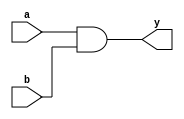
module _and2(a, b, y);		// 2 to 1 and gate
	input a, b;
	output y;
	
	assign y = a & b;
	
endmodule

module _nand2(a, b, y);		// 2 to 1 nand gate
	input a, b;
	output y;
	
	assign y = ~(a & b);
	
endmodule

module _or2(a, b, y);		// 2 to 1 or gate
	input a, b;
	output y;
	
	assign y = a | b;
	
endmodule

module _inv(a, y);		// inverter
	input a;
	output y;
	
	assign y = ~a;
	
endmodule

module _xor2(a, b, y);		// 2 to 1 exclusive or gate
	input a, b;
	output y;
	wire inv_a, inv_b;
	wire w0, w1;
	
	// inverting a and b
	_inv inv0(.a(a), .y(inv_a));
	_inv inv1(.a(b), .y(inv_b));
	
	// use two and gates for between a and not b or between not a and b
	_and2 ad20(a, inv_b, w0);
	_and2 ad21(b, inv_a, w1);
	
	// connect both result of two and gates with or gate
	_or2 or20(w0, w1, y);
	
endmodule

module _and3(a, b, c, y);		// 3 to 1 and gate
	input a, b, c;
	output y;
	
	assign y = a & b & c;
	
endmodule

module _and4(a, b, c, d, y);		// 4 to 1 and gate
	input a, b, c, d;
	output y;
	
	assign y = a & b & c & d;
	
endmodule

module _and5(a, b, c, d, e, y);		// 5 to 1 and gate
	input a, b, c, d, e;
	output y;
	
	assign y = a & b & c & d & e;
	
endmodule

module _or3(a, b, c, y);		// 3 to 1 or gate
	input a, b, c;
	output y;
	
	assign y = a | b | c;
	
endmodule

module _or4(a, b, c, d, y);		// 4 to 1 or gate
	input a, b, c, d;
	output y;
	
	assign y = a | b | c | d;
	
endmodule

module _or5(a, b, c, d, e, y);		// 5 to 1 or gate
	input a, b, c, d, e;
	output y;
	
	assign y = a | b | c | d | e;
	
endmodule